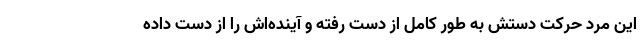
این مرد حرکت دستش به طور کامل از دست رفته و آینده‌اش را از دست داده